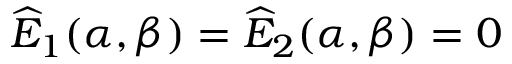
{ \widehat E } _ { 1 } ( \alpha , \beta ) = { \widehat E } _ { 2 } ( \alpha , \beta ) = 0